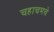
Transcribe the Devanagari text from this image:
चहाचमचे